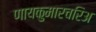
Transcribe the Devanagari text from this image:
णायकुमारचरिअ